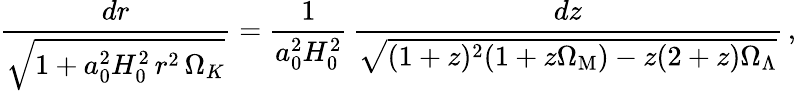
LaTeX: {\frac{dr}{\sqrt{1+a_{0}^{2}H_{0}^{2}\, r^{2}\, \Omega_{K}}}}={\frac{1}{a_{0}^{2}H_{0}^{2}}}\, {\frac{dz}{\sqrt{(1+z)^{2}(1+z\Omega_{\mathrm{M}})-z(2+z)\Omega_{\Lambda}}}}\, ,